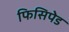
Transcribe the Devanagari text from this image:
फिसिपेड